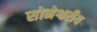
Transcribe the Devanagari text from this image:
सोमेश्वरीय